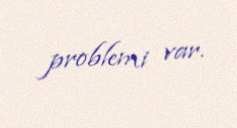
problemi var.